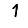
Digit: 1